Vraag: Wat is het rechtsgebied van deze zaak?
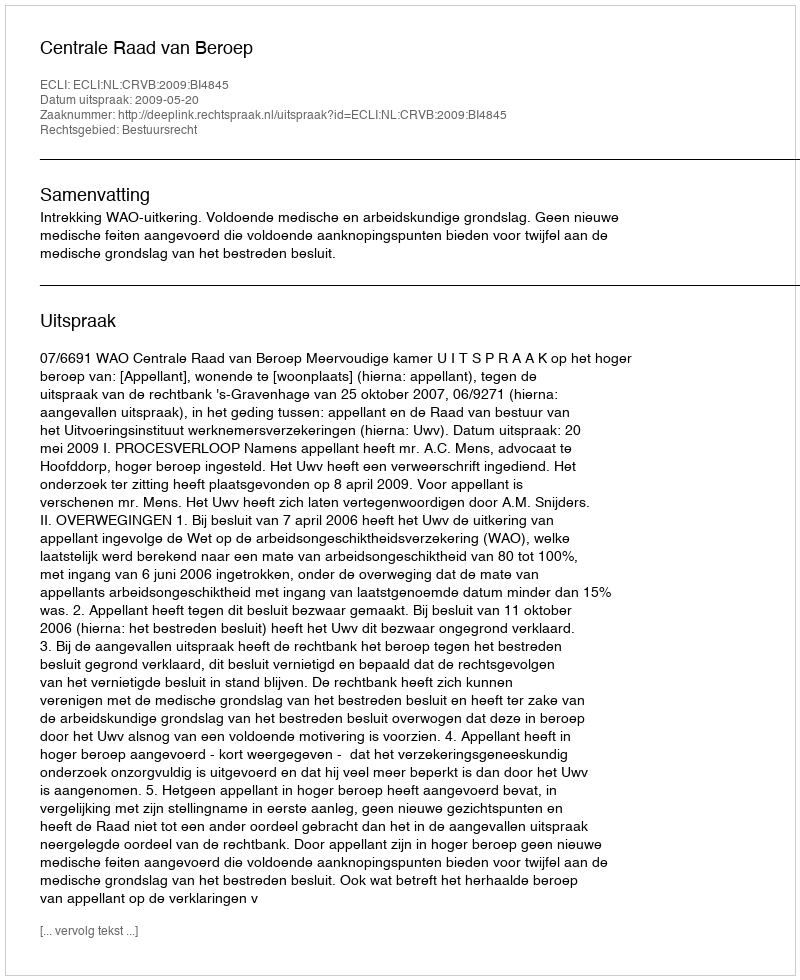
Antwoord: Bestuursrecht